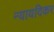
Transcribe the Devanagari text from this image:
न्यायदिकर